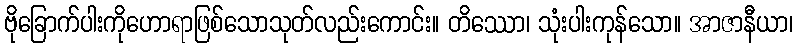
ဗိုခြောက်ပါးကိုဟောရာဖြစ်သောသုတ်လည်းကောင်း။ တိဿော၊ သုံးပါးကုန်သော။ အာဇာနီယာ၊